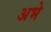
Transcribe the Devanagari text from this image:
अभे